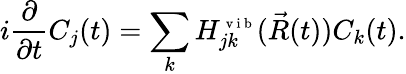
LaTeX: i\frac{\partial}{\partial{t}}C_{j}(t)=\sum_{k}H_{jk}^{\scriptsize{\mathrm{~v~i~b~}}}(\vec{R}(t))C_{k}(t).